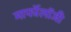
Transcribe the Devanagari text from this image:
मार्फोलॉजी